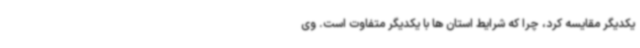
یکدیگر مقایسه کرد، چرا که شرایط استان ها با یکدیگر متفاوت است. وی